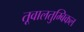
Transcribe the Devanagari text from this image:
तूवालतुम्बिकल